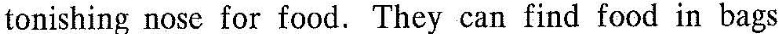
tonishing nose for food. They can find food in bags